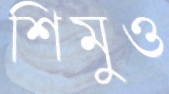
শিমুও